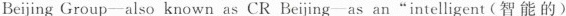
Beijing Group-also known as CR Beijing-as an"intelligent (智能的)